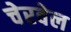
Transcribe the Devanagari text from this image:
चेरवेल